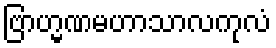
ဗြာဟ္မဏမဟာသာလကုလံ